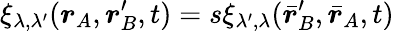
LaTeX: \xi_{\lambda,\lambda^{\prime}}(\boldsymbol{r}_{A},\boldsymbol{r}_{B}^{\prime},t)=s\xi_{\lambda^{\prime},\lambda}(\bar{\boldsymbol{r}}_{B}^{\prime},\bar{\boldsymbol{r}}_{A},t)